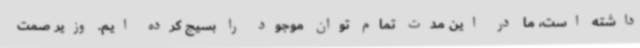
داشته است، ما در این مدت تمام توان موجود را بسیج کرده ایم. وزیر صمت